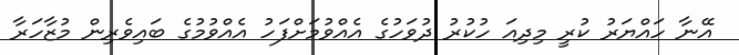
އޭނާ ހައްޔަރު ކުރީ މިދިއަ ހުކުރު ދުވަހުގެ އެއްވުމަށްފަހު އެއްވުމުގެ ބައިވެރިން މުޒާހަރާ